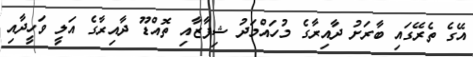
އޭގެ ތެރޭގައި ބާރަށު ދާއިރާގެ މުހައްމަދު ޝިފާޒާއި ތޮއްޑޫ ދާއިރާގެ އަލީ ވަހީދާއި